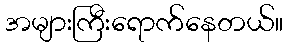
အများကြီးရောက်နေတယ်။